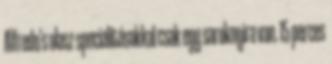
Alfredo's olasz specialitásokkal csak egy saroknyira van. 15 perces